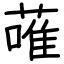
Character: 蓶